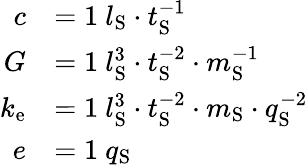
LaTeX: {\begin{array}{rl}{c}&{=1\ l_{\mathrm{S}}\cdot t_{\mathrm{S}}^{-1}}\\ {G}&{=1\ l_{\mathrm{S}}^{3}\cdot t_{\mathrm{S}}^{-2}\cdot m_{\mathrm{S}}^{-1}}\\ {k_{\mathrm{e}}}&{=1\ l_{\mathrm{S}}^{3}\cdot t_{\mathrm{S}}^{-2}\cdot m_{\mathrm{S}}\cdot q_{\mathrm{S}}^{-2}}\\ {e}&{=1\ q_{\mathrm{S}}}\end{array}}